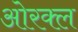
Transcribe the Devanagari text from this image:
ओरक्ल